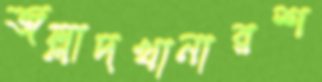
জল্লাদখানারশ